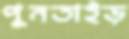
পুনতাইড়